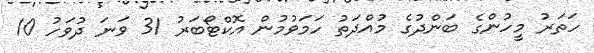
ހަތަރު މީހުންގެ ބަންދުގެ މުއްދަތު ހަމަވުމުން އޮކްޓޯބަރު 31 ވަނަ ދުވަހު 10